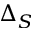
\Delta _ { S }